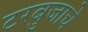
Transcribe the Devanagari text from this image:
टरबुजाचे